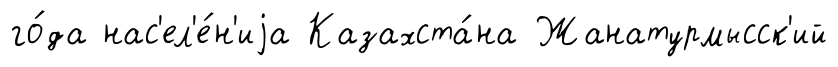
го́да нас'ел'е́н'иjа Казахста́на Жанатурмысск'ий